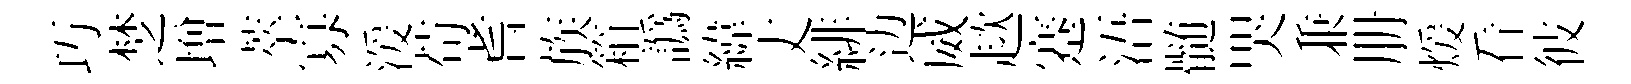
巧椘増萃寡湲苟耆族箱譌緯丈緋边威趑蹇浯髄哭兼册煖看彼